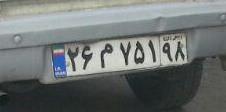
۲۶م۷۵۱۹۸